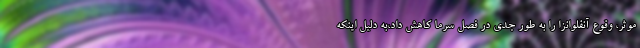
موثر، وقوع آنفلوانزا را به طور جدی در فصل سرما کاهش داد،به دلیل اینکه